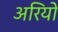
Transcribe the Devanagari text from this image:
अरियो